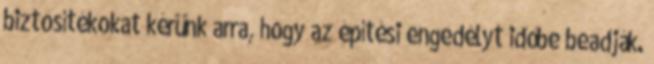
biztosítékokat kérünk arra, hogy az építési engedélyt időbe beadják.